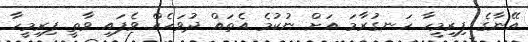
އޭނާގެ ފިރިމީހާ ހަނގުރާމަ އަށް ނުކުމެ އެތައް ދުވަހެއް ވެފައި ވާތީ ފިރިމީހާ